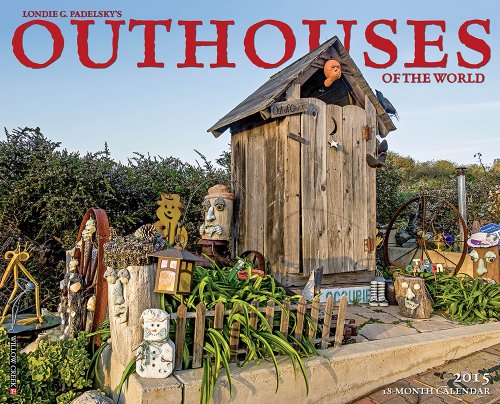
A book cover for Outhouses 2015 Wall Calendar; Willow Creek Press; Calendars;